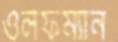
ওলফম্যান